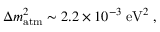
\Delta m _ { \mathrm { a t m } } ^ { 2 } \sim 2 . 2 \times 1 0 ^ { - 3 } \; \mathrm { e V } ^ { 2 } \; ,